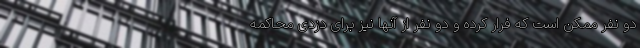
دو نفر ممکن است که فرار کرده و دو نفر از آنها نیز برای دزدی محاکمه